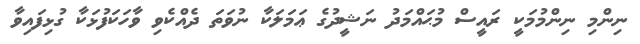
ނިންމި ނިންމުމަކީ ރައީސް މުޙައްމަދު ނަޝީދުގެ ޢަމަލަކާ ނުވަތަ ދެއްކެވި ވާހަކަފުޅަކާ ގުޅިފައިވާ